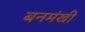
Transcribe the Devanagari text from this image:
बनमंखी